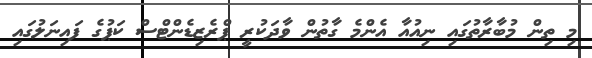
މި ތިން މުބާރާތުގައި ނިއުއާ އެންމެ ގާތުން ވާދަކުރީ ޕްރެޒިޑެންޓްސް ކަޕުގެ ފައިނަލުގައި